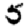
Digit: 5